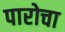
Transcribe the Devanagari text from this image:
पारोचा